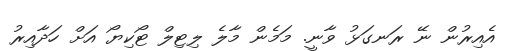
އެއިރުން ނޭ ރަނގަޅު ވާނީ. މަމެން މާލެ ލިޓިލް ޓޯކިޔޯ އަށް ހަދާއިރު